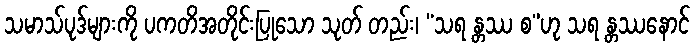
သမာသ်ပုဒ်များကို ပကတိအတိုင်းပြုသော သုတ် တည်း၊ “သရ န္တဿ စ”ဟု သရ န္တဿနောင်